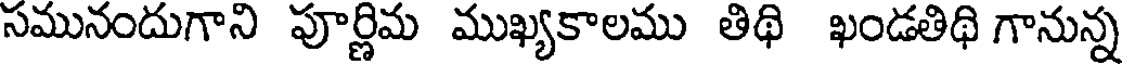
సమునందుగాని పూర్ణిమ ముఖ్యకాలము తిథి ఖండతిథి గానున్న